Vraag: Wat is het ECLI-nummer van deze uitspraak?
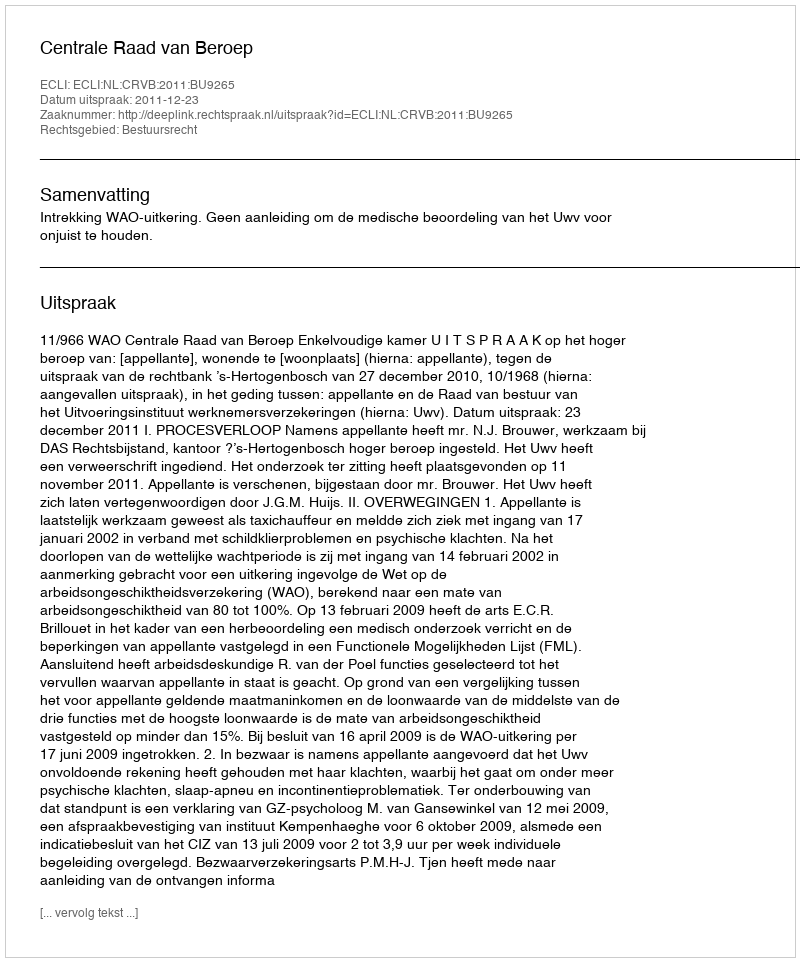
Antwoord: ECLI:NL:CRVB:2011:BU9265